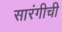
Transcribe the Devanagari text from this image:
सारंगीची